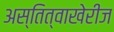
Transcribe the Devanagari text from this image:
अस्तित्वाखेरीज